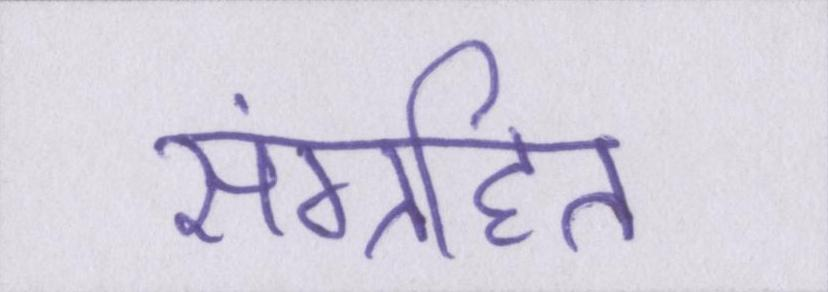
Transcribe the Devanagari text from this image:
संग्रहित